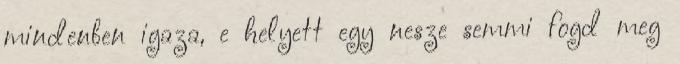
mindenben igaza, e helyett egy nesze semmi fogd meg